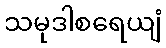
သမုဒါစရေယျံ